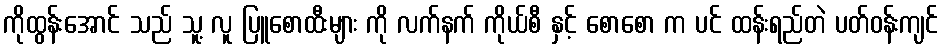
ကိုထွန်းအောင် သည် သူ့ လူ ပြူစောထီးများ ကို လက်နက် ကိုယ်စီ နှင့် စောစော က ပင် ထန်းရည်တဲ ပတ်ဝန်းကျင်